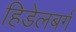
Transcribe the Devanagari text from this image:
हिडेलबर्ग